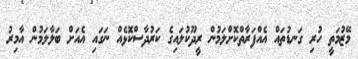
މޭޒުމަތީ ހުރި ގަނޑުތައް އެއްފަރާތްކޮށްލަމުން ރީދޫކުލައިގެ ކަރުދާސްކޮޅެއް ނަގައި އެއަށް ބަލާލަމުން އާމިރު